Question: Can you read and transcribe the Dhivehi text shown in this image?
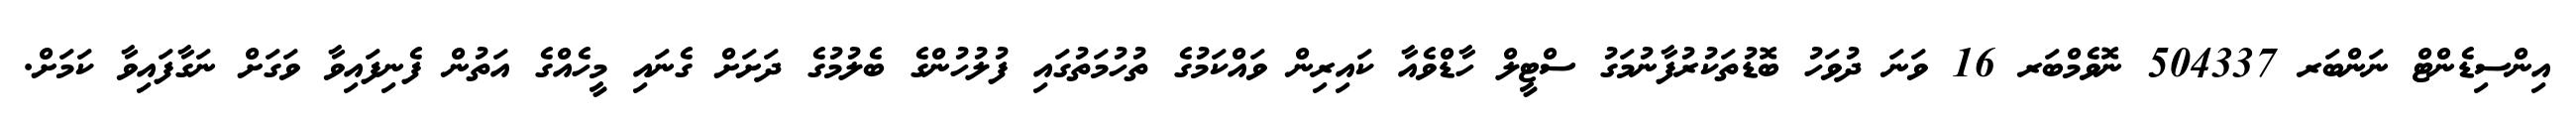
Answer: އިންސިޑެންޓް ނަންބަރ 504337 ނޮވެމްބަރ 16 ވަނަ ދުވަހު ބޮޑުތަކުރުފާނުމަގު ސްޓީލް ހާޑްވެއާ ކައިރިން ވައްކަމުގެ ތުހުމަތުގައި ފުލުހުންގެ ބެލުމުގެ ދަށަށް ގެނައި މީހެއްގެ އަތުން ފެނިފައިވާ ވަގަށް ނަގާފައިވާ ކަމަށް.